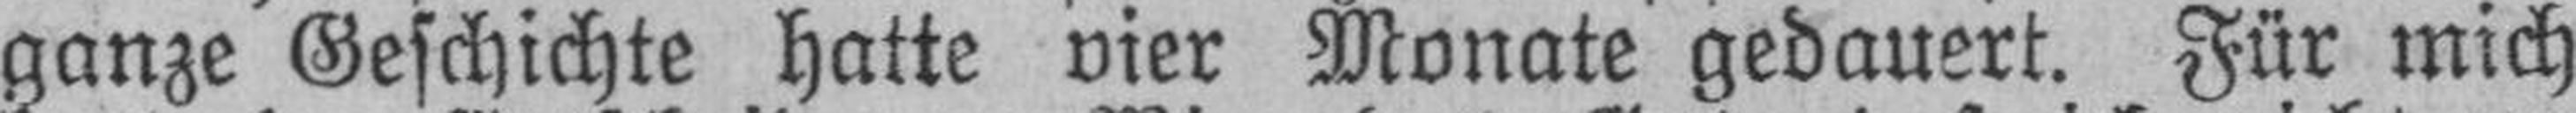
ganze Geschichte hatte vier Monate gedauert. Für mich